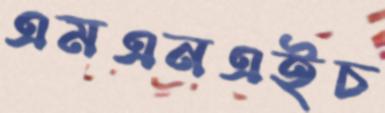
এমএনএইচ